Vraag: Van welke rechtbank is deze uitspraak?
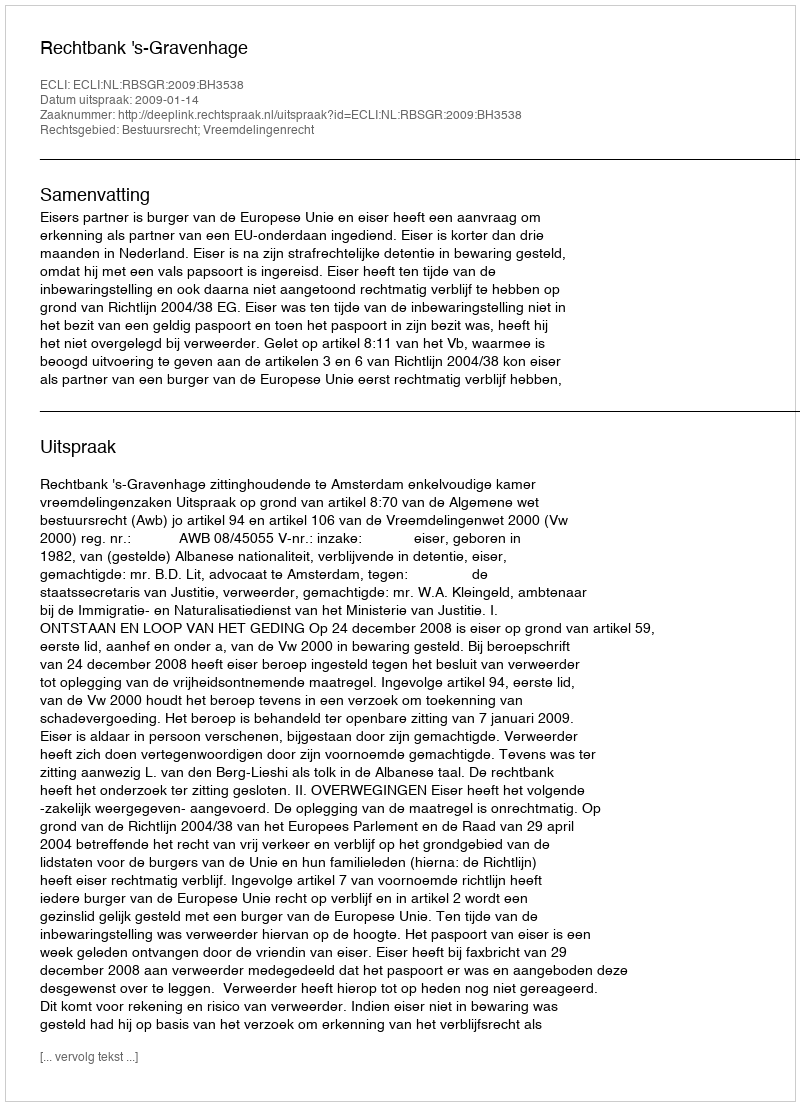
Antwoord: Rechtbank 's-Gravenhage